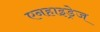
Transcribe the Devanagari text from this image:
एनहाइड्रेज